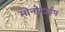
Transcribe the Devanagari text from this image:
मोनोटाईप